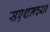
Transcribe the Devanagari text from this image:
सएशनच्या